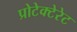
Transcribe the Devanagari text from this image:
प्रोटेक्टेरेट